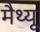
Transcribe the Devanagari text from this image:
मैथ्‍यू